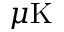
\mu \mathrm { K }